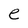
Character: e